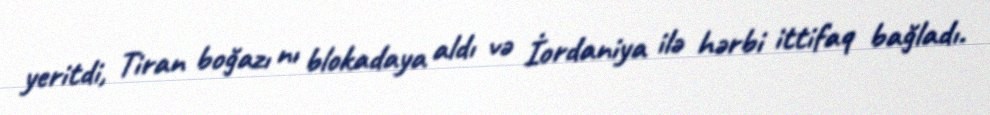
yeritdi, Tiran boğazı nı blokadaya aldı və İordaniya ilə hərbi ittifaq bağladı.